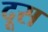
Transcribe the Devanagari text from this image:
दूस